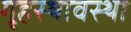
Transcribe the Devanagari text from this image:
गृहस्थावस्था